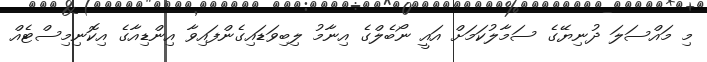
މި މައްސަލަ ދުނިޔޭގެ ސަމާލުކަމަށް އައީ ނޯބެލްގެ އިނާމު ލިބިވަޑައިގެންފައިވާ އިންޑިއާގެ އިކޮނިމިސްޓެއް